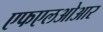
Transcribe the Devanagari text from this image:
एफएलओआर